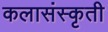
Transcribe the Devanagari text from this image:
कलासंस्कृती